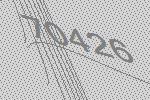
70426